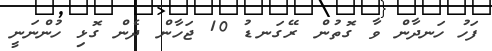
ފަހު ހަނދާން ވާ ގޮތުން ރޭގަނޑު 10 ޖަހާން ދެން ގޮޅި ހުންނަނީ